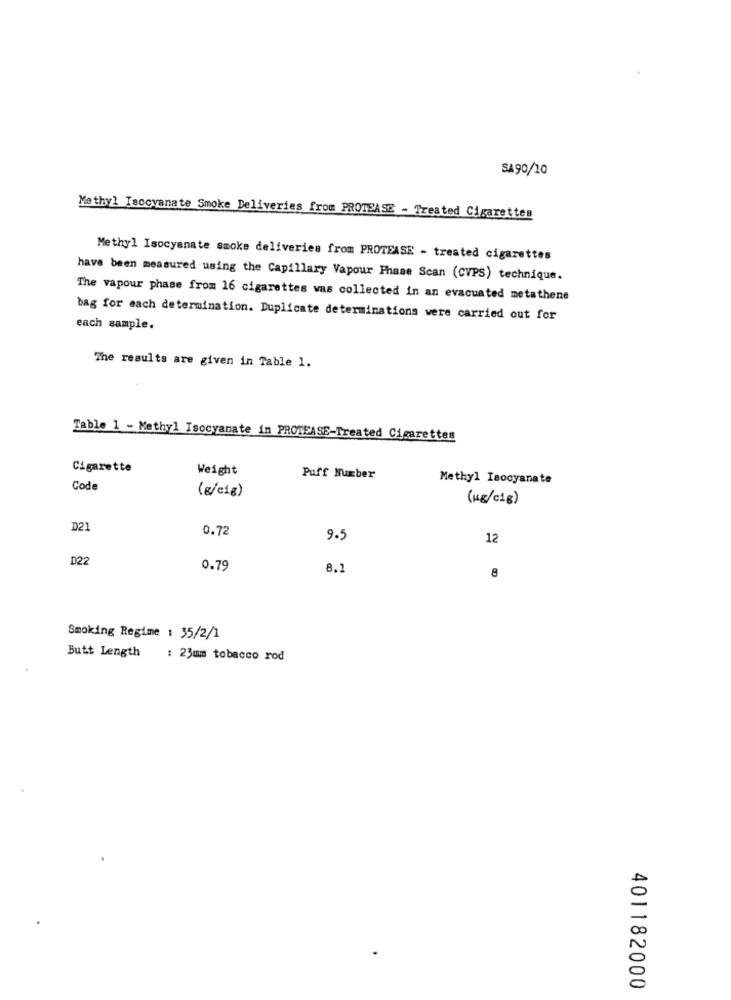
SA90/20
Methyl Isocyanate Smoke Deliveries from PROTEASE - Treated Cigarettes
Methyl Isocyanate smoke deliveries from PROTEASE - treated cigarettes
have been measured using the Capillary Vapour Phase Scan (CVPS) technique.
The vapour phase from 16 cigarettes was collected in an evacuated metathene
bag for each determination. Duplicate determinations were carried out for
each sample.
The results are given in Table 1.
Table 1 - Methyl Isocyanate in PROTEASE-Treated Cigarettes
Cigarette
Weight
Puff Number
Methyl Isocyanate
Code
(8/cig)
(Kg/c1g)
D21
0.72
9.5
12
D22
0.79
8.1
8
Smoking Regime : 35/2/1
Butt Length
: 23mm tobacco rod
401182000